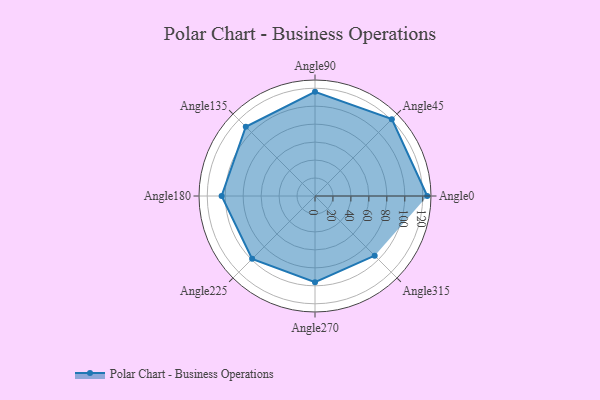
{"axis": {"x": "Angle", "y": "Radius"}, "legend": [""], "data": [{"x": "Angle0", "y": 125.0, "type": ""}, {"x": "Angle45", "y": 121.0, "type": ""}, {"x": "Angle90", "y": 116.0, "type": ""}, {"x": "Angle135", "y": 109.0, "type": ""}, {"x": "Angle180", "y": 104.0, "type": ""}, {"x": "Angle225", "y": 99.0, "type": ""}, {"x": "Angle270", "y": 96.0, "type": ""}, {"x": "Angle315", "y": 94.0, "type": ""}]}